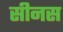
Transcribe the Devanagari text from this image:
सीनस